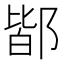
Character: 𨜡